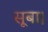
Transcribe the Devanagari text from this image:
सूबा।